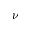
\nu